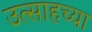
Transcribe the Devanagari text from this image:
उत्साहच्या